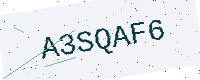
Text: A3SQAF6